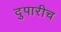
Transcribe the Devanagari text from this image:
दुपारीच